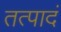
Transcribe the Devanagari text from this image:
तत्पादं